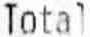
TOTAL